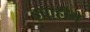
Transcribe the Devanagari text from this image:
इब्राहीमे